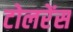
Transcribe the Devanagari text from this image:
टोलरेंस